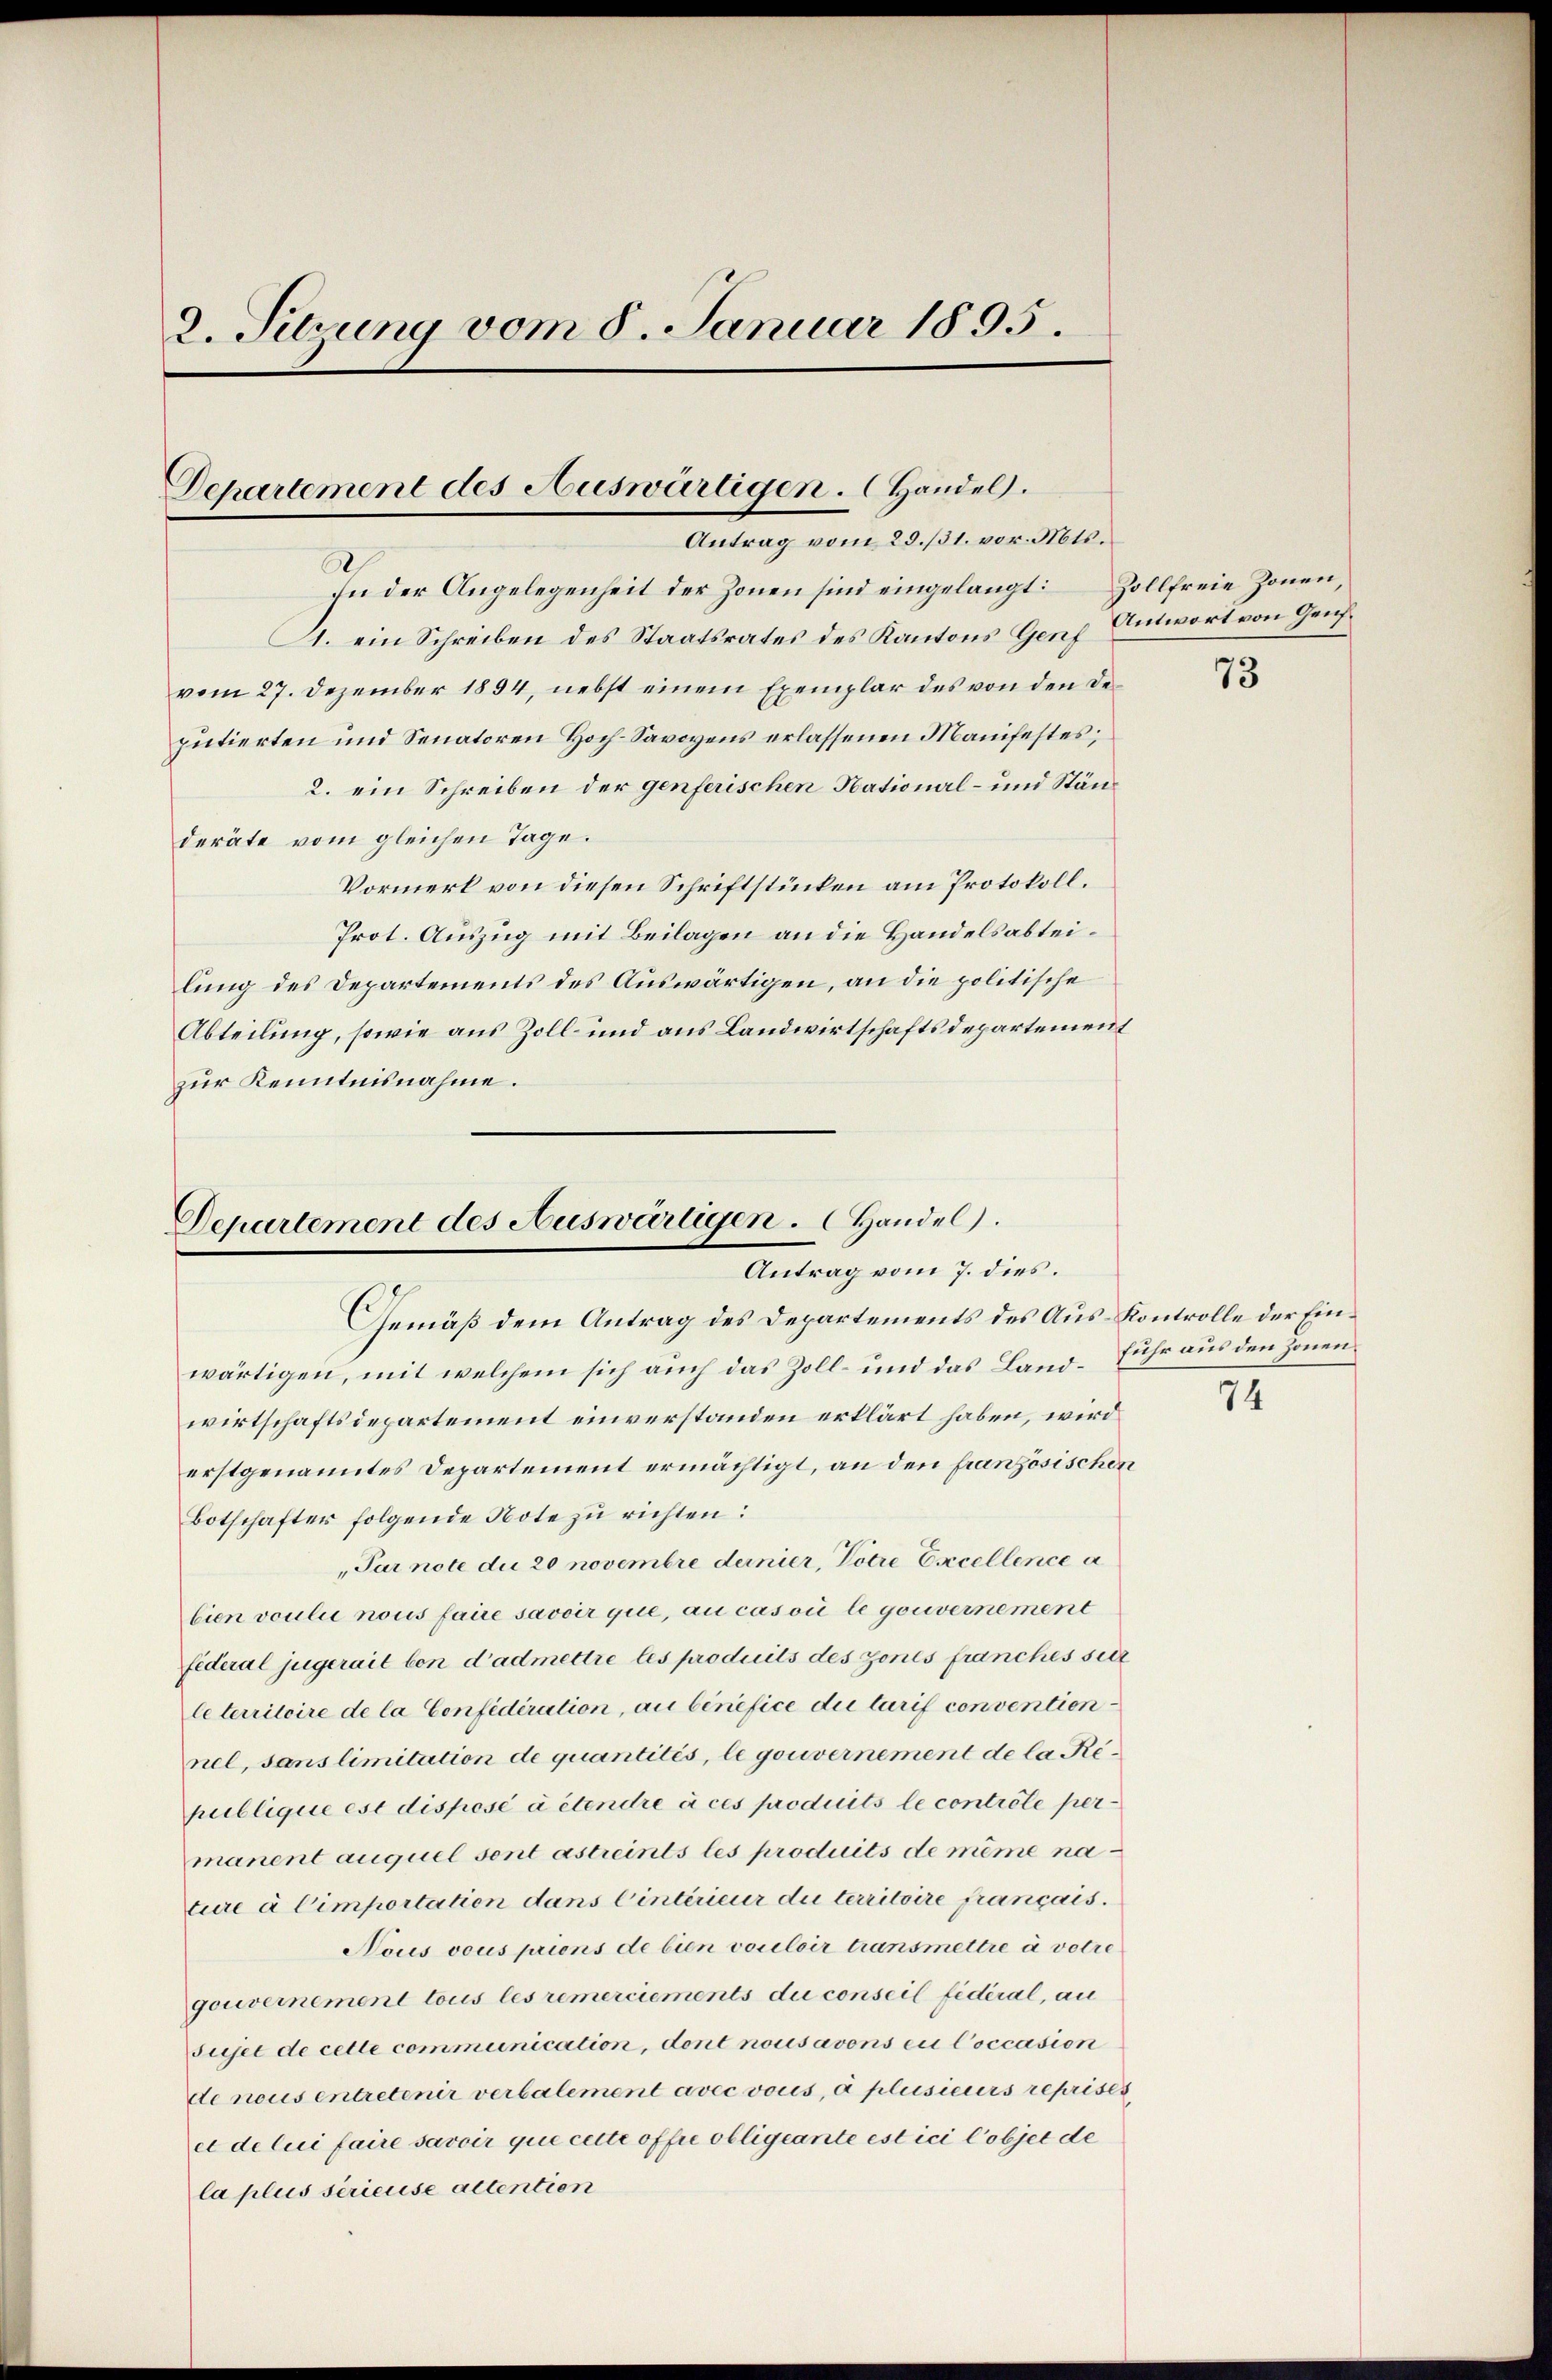
2. Sehrung vom 8. Januar 1895.

Departement des Auswärtigen. Handel.
Antrag vom 28. 731. vor. Mts.

In der Angelegenheit der Zonen sind eingelangt: Zollfreie Zonen,
A. ein Schreiben des Staatsrates des Kantons Genz Antwort von Gensvom 27. Dezember 1894, nebst einem Exemplar des von den Deputierten und Senatoren Hoch-Savoyens erlassenen Manifestes;
2. ein Schreiben der genferischen National- und Ständeräte vom gleichen Tage.
Vormerk von diesen Schriftstücken am Protokoll.
Prot. Auszug mit Beilagen an die Handelsabteilung des Departements des Auswärtigen, an die politische
Abteilung, sowie aus Zoll- und aus Landwirtschaftsdepartement
zur Kenntnisnahme.

Departement des Auswärtigen. Handel
Antrag vom 7. dies.

Gemäß dem Antrag des Departements des Aus- Kontrolle der Einwärtigen, mit welchem sich auch das Zoll- und das Land-Fuhr aus den Zonenwirtschaftsdepartement einverstanden erklärt haben, wird
erstgenanntes Departement ermächtigt, an den französischen
Botschafter folgende Note zu richten:
„Par note die 20 novembre dernier, Potre Excellence a
bien voulii nous faire savoir que, au cas où le gouvernement
federal jugerait von d’admettre les produits des zones franches seit
leterritoire de la Confidiration, au benefice die Tarif conventien
nel, sans limitation de quantités, le gouvernement de la Republique est disposé à étendre à ces produits le contrôle permanent auquel sont astreints les produits de même nature à Cimportation dans Eintérieur die territoire français.
Nous vous priens de bien vouloir transmettre à vetre
gouvernement tous les remerciements du conseil fédéral, au
sujet de celle communication, dort nous avons en Coccasion
de nous entretenir verbalement avec vous, à plusieurs reprises
et de lui faire savoir que cette offie obligeante estici Cobjet de
la plus serieuse altention

73

74